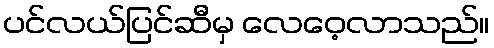
ပင်လယ်ပြင်ဆီမှ လေဝေ့လာသည်။